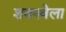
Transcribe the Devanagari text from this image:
शयनवेला